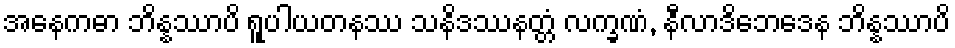
အနေကဓာ ဘိန္နဿာပိ ရူပါယတနဿ သနိဒဿနတ္တံ လက္ခဏံ, နီလာဒိဘေဒေန ဘိန္နဿာပိ